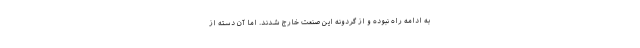
به ادامه راه نبوده و از گردونه این صنعت خارج شدند. اما آن دسته از